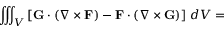
\iiint _ { V } \left[ \mathbf { G } \cdot \left( \nabla \times \mathbf { F } \right) - \mathbf { F } \cdot \left( \nabla \times \mathbf { G } \right) \right] \, d V =